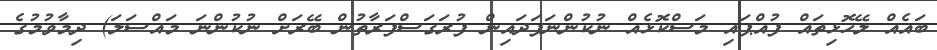
ބައެއް ލޭހޮޅިތައް ފުއްޕައި މަސްކޮޅެއް ނުކުންނަފަދައިން ފުރަގަސްފަރާތުން ބޭރަށް ނުކުންނަ މައްސަލަ) ދިމާވުމުގެ